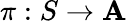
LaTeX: \pi:S\rightarrow\mathbf{A}